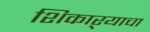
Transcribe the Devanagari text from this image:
शिकाऱ्याचा